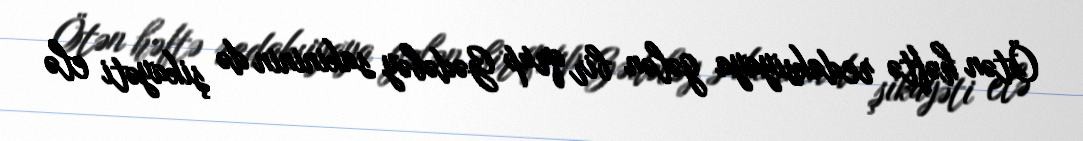
Ötən həftə redaksiyaya gələn bir qrup Gədəbəy sakininin də şikayəti elə